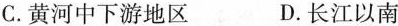
C.黄河中下游地区 D.长江以南